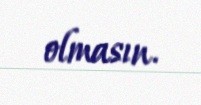
olmasın.